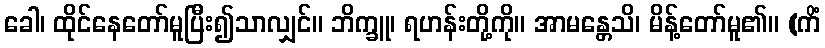
ခေါ၊ ထိုင်နေတော်မူပြီး၍သာလျှင်။ ဘိက္ခူ၊ ရဟန်းတို့ကို။ အာမန္တေသိ၊ မိန့်တော်မူ၏။ (ကိံ